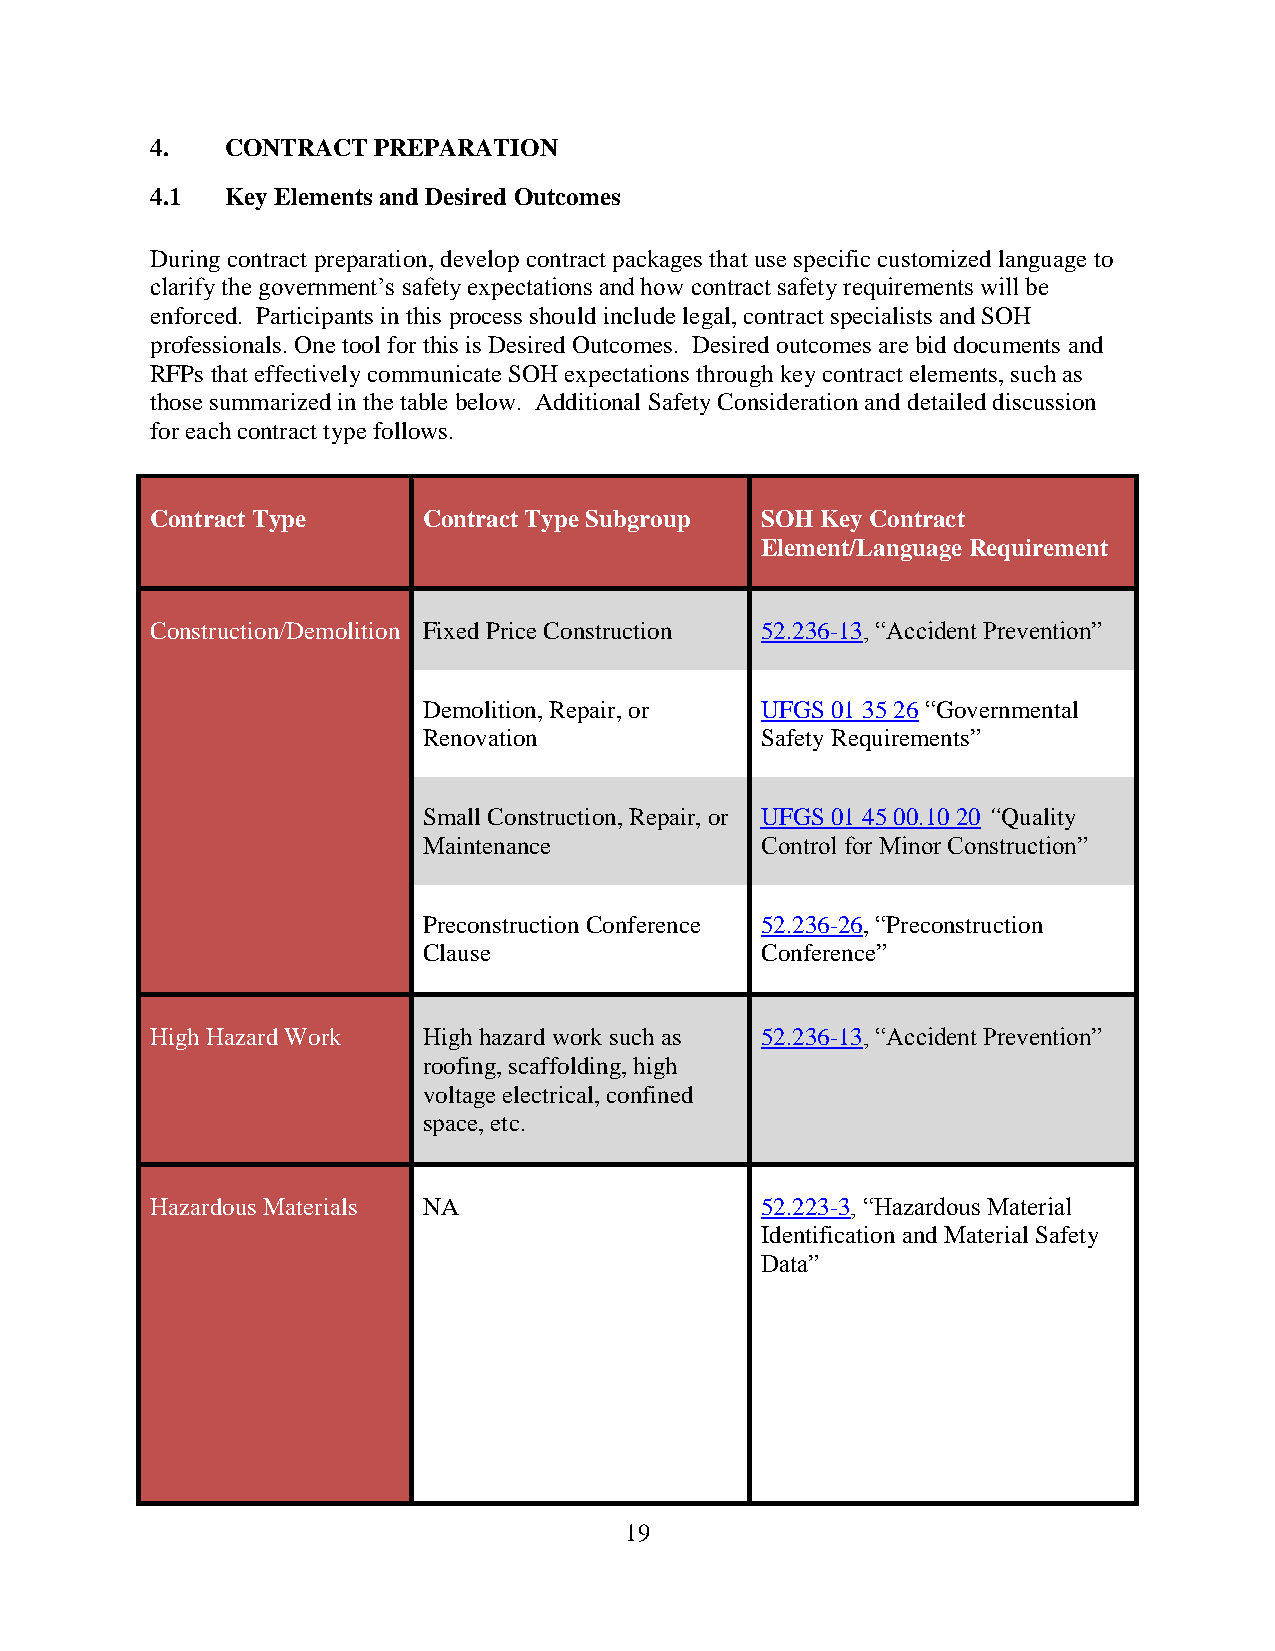
4.   CONTRACT  PREPARATION
 4.1  Key Elements and Desired Outcomes
 During contract preparation, develop contract packages that use specific customized language to
 clarify the government’s safety expectations and how contract safety requirements will be
 enforced. Participants in this process should include legal, contract specialists and SOH
 professionals. One tool for this is Desired Outcomes. Desired outcomes are bid documents and
 RFPs that effectively communicate SOH expectations through key contract elements, such as
 those summarized in the table below. Additional Safety Consideration and detailed discussion
 for each contract type follows.
 Contract Type     Contract Type Subgroup SOH Key Contract
 Element/Language Requirement
 Construction/Demolition Fixed Price Construction 52.236-13, “Accident Prevention”
 Demolition, Repair, or UFGS 01 35 26 “Governmental
 Renovation            Safety Requirements”
 Small Construction, Repair, or UFGS 01 45 00.10 20 “Quality
 Maintenance           Control for Minor Construction”
 Preconstruction Conference 52.236-26, “Preconstruction
 Clause                Conference”
 High Hazard Work  High hazard work such as 52.236-13, “Accident Prevention”
 roofing, scaffolding, high
 voltage electrical, confined
 space, etc.
 Hazardous Materials NA                  52.223-3, “Hazardous Material
 Identification and Material Safety
 Data”
 19